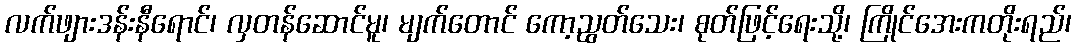
လက်ဖျားဒန်းနီရောင်၊ လှတန်ဆောင်မူ၊ မျက်တောင် ကော့ညွတ်သေး၊ စုတ်ဖြင့်ရေးသို့၊ ကြိုင်အေးကတိုးရည်၊